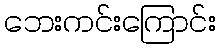
ဘေးကင်းကြောင်း